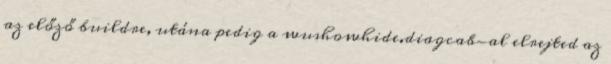
az előző buildre, utána pedig a wushowhide.diagcab-al elrejted az